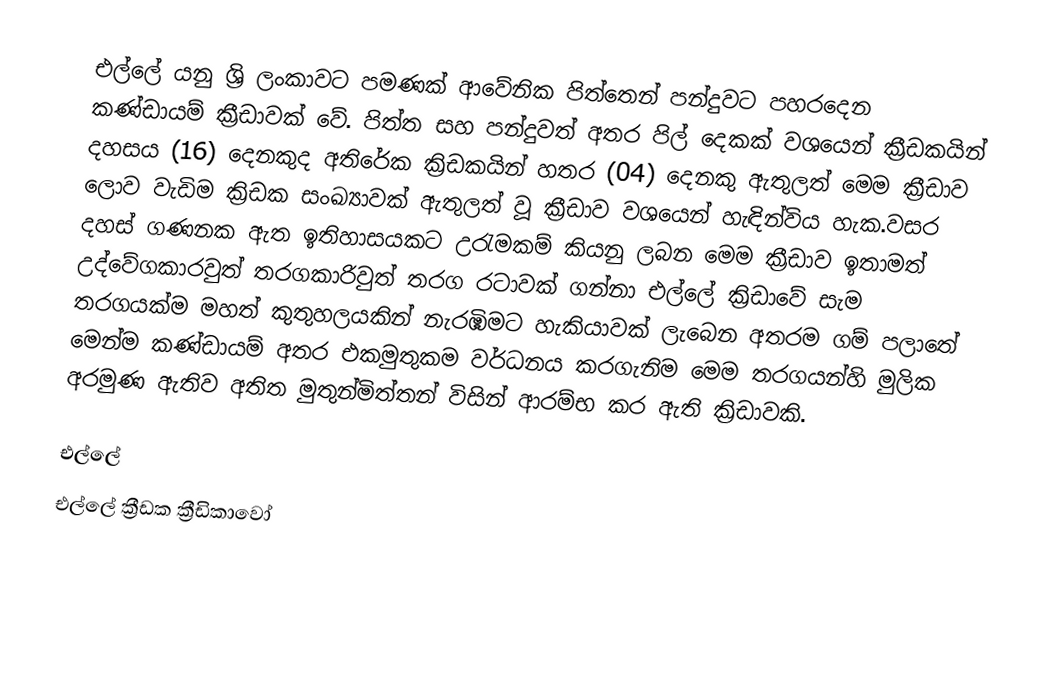
එල්ලේ යනු ශ්‍රි ලංකාවට පමණක් ආවේනික පිත්තෙන් පන්දුවට පහරදෙන කණ්ඩායම් ක්‍රීඩාවක් වේ. පිත්ත සහ පන්දුවත් අතර පිල් දෙකක් වශයෙන් ක්‍රීඩකයින් දහසය (16) දෙනකුද අතිරේක ක්‍රිඩකයින් හතර (04) දෙනකු ඇතුලත් මෙම ක්‍රීඩාව ලොව වැඩිම ක්‍රිඩක සංඛ්‍යාවක් ඇතුලත් වූ ක්‍රීඩාව වශයෙන් හැඳින්විය හැක.වසර දහස් ගණනක ඇත ඉතිහාසයකට උරැමකම් කියනු ලබන මෙම ක්‍රීඩාව ඉතාමත් උද්වේගකාරවුත් තරගකාරිවුත් තරග රටාවක් ගන්නා එල්ලේ ක්‍රිඩාවේ සැම තරගයක්ම මහත් කුතුහලයකින් නැරඹිමට හැකියාවක් ලැබෙන අතරම ගම් පලාතේ මෙන්ම කණ්ඩායම් අතර එකමුතුකම වර්ධනය කරගැනිම මෙම තරගයන්හි මුලික අරමුණ ඇතිව අතිත මුතුන්මිත්තන් විසින් ආරම්භ කර ඇති ක්‍රිඩාවකි.

එල්ලේ
එල්ලේ ක්‍රීඩක ක්‍රීඩිකාවෝ